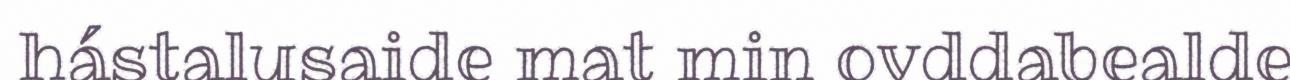
hástalusaide mat min ovddabealde